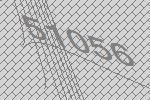
51056